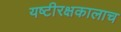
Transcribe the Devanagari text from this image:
यष्टीरक्षकालाच